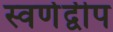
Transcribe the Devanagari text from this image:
स्वर्णद्वीप